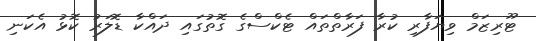
ޓޫރިޒަމް ވިޔަފާރި ކުރާ ފަރާތްތައް ޓެކްސްގެ ގޮތުގައި ދައްކާ ޑޮލަރު ކޮޅު އެކަނި